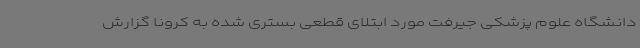
دانشگاه علوم پزشکی جیرفت مورد ابتلای قطعی بستری شده به کرونا گزارش